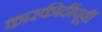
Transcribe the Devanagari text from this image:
कारकीर्दीपूर्वी